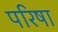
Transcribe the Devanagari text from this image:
परिषा